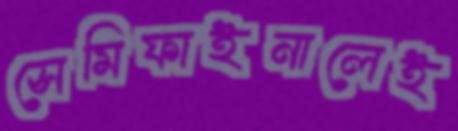
সেমিফাইনালেই